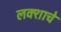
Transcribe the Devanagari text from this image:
लक्शाचे